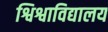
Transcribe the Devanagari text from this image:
श्विश्वाविद्यालय